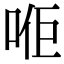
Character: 𠳔